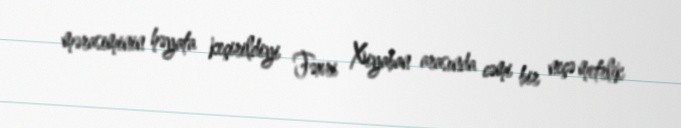
mərasiminin həyata keçirildiyi Fəxri Xiyaban arasında cəmi bir neçə metrlik